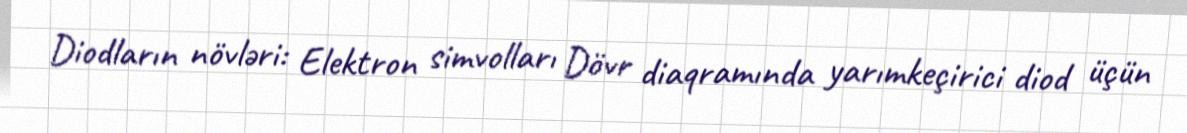
Diodların növləri: Elektron simvolları Dövr diaqramında yarımkeçirici diod üçün